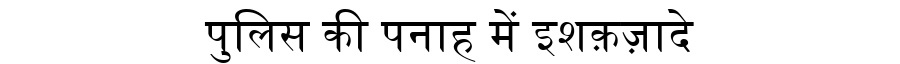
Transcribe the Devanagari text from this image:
पुलिस की पनाह में इशक़ज़ादे